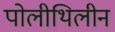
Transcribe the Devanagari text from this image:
पोलीथिलीन